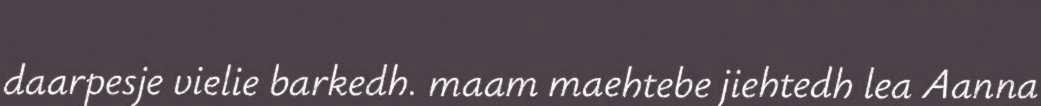
daarpesje vielie barkedh. maam maehtebe jiehtedh lea Aanna